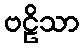
ဗဠိသာ